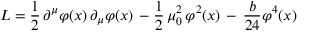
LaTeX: { \cal L } = { \frac { 1 } { 2 } } \, \partial ^ { \mu } \varphi ( x ) \, \partial _ { \mu } \varphi ( x ) \, - { \frac { 1 } { 2 } } \, \mu _ { 0 } ^ { 2 } \, \varphi ^ { 2 } ( x ) \, - \, { \frac { b } { 2 4 } } \varphi ^ { 4 } ( x )